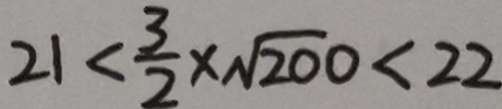
2 1 < \frac { 3 } { 2 } \times \sqrt { 2 0 0 } < 2 2